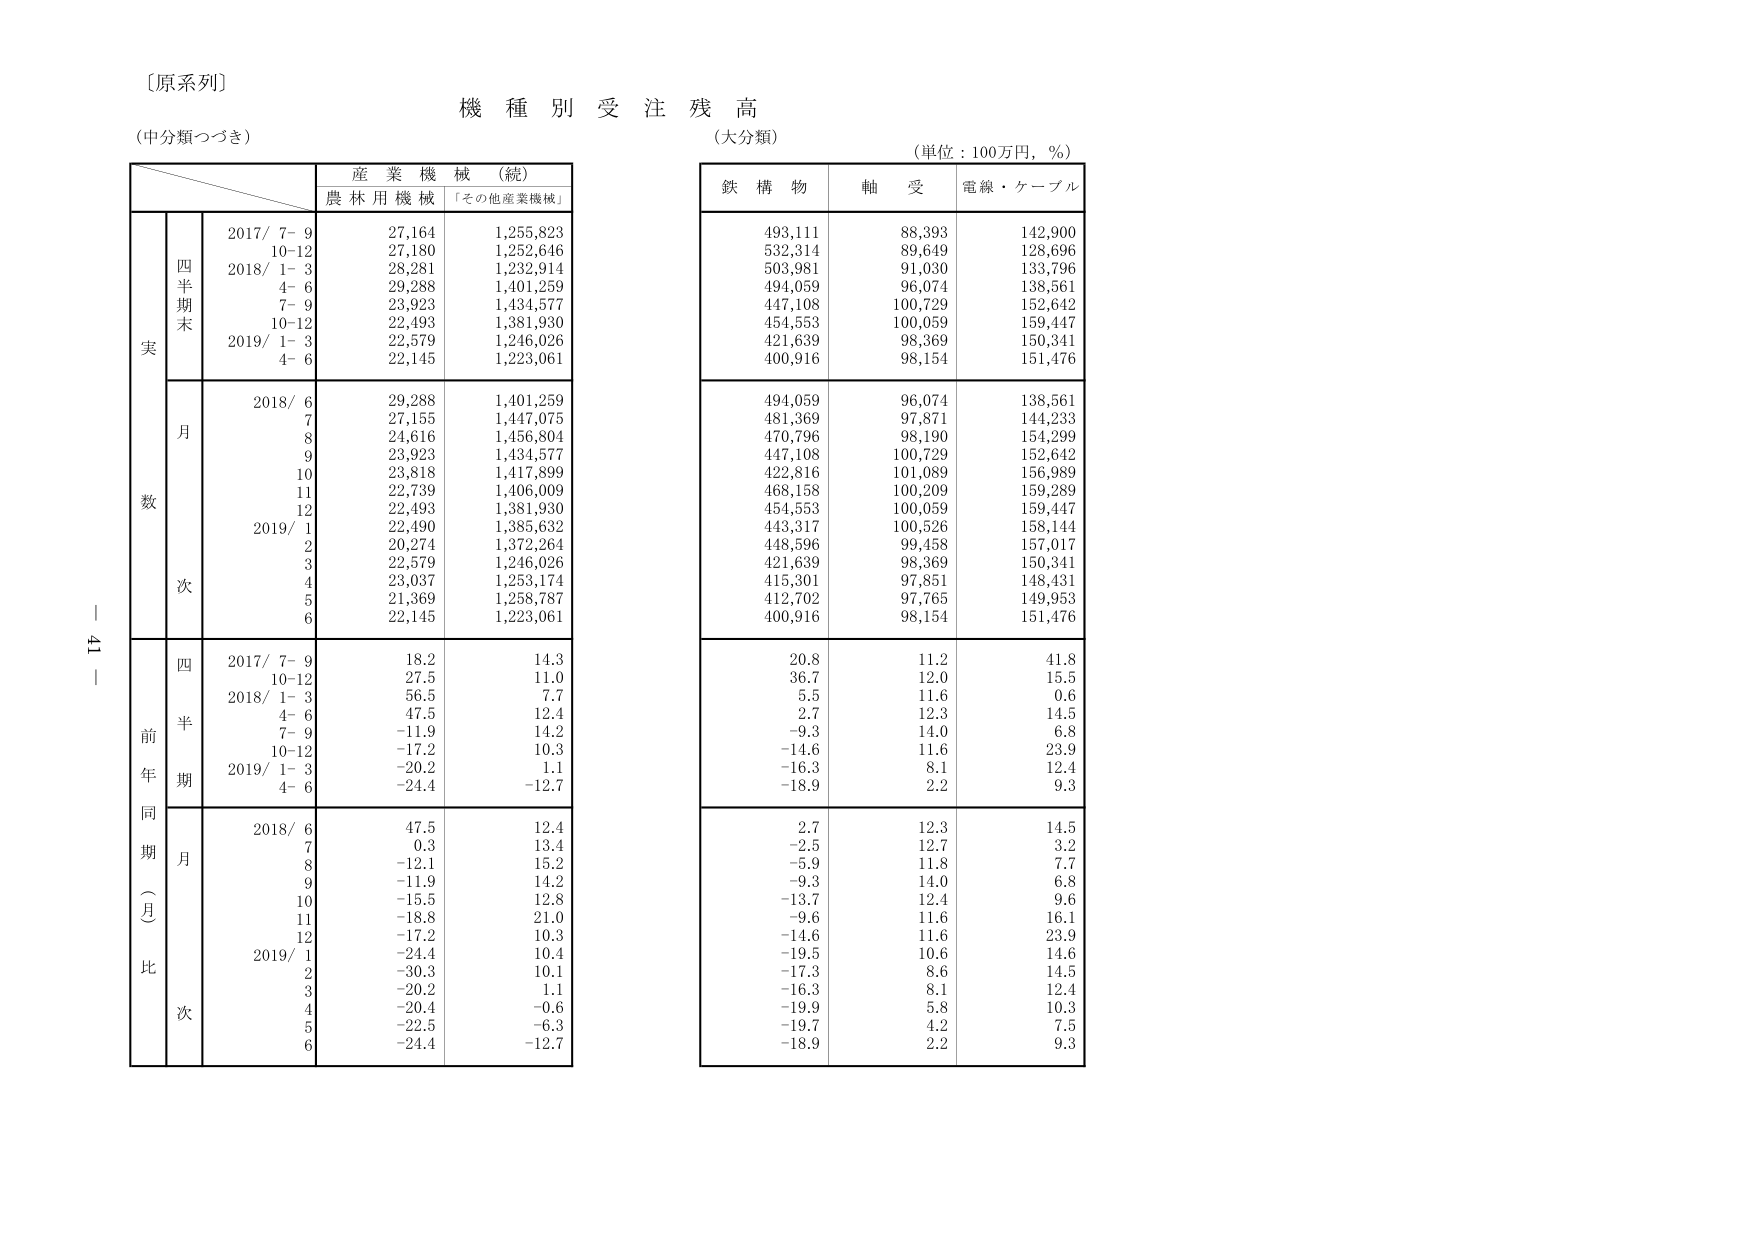
〔原系列〕
機種別受注残高
（中分類つづき）
（大分類）
（単位：100万円，％）

産業機械（続）
農林用機械　「その他産業機械」

鉄構物　軸受　電線・ケーブル

実
四半期末
2017/ 7-9　　27,164　　1,255,823
　　　10-12　　27,180　　1,252,646
2018/ 1-3　　28,281　　1,232,914
　　　4-6　　29,288　　1,401,259
　　　7-9　　23,923　　1,434,577
　　　10-12　　22,493　　1,381,930
2019/ 1-3　　22,579　　1,246,026
　　　4-6　　22,145　　1,223,061

月
2018/ 6　　29,288　　1,401,259
　　　7　　27,155　　1,447,075
　　　8　　24,616　　1,456,804
　　　9　　23,923　　1,434,577
　　　10　　23,818　　1,417,899
　　　11　　22,739　　1,406,009
　　　12　　22,493　　1,381,930
2019/ 1　　22,490　　1,385,632
　　　2　　20,274　　1,372,264
　　　3　　22,579　　1,246,026
　　　4　　23,037　　1,253,174
　　　5　　21,369　　1,258,787
　　　6　　22,145　　1,223,061

前年同期（月比）
四半期
2017/ 7-9　　18.2　　14.3
　　　10-12　　27.5　　11.0
2018/ 1-3　　56.5　　7.7
　　　4-6　　47.5　　12.4
　　　7-9　　-11.9　　14.2
　　　10-12　　-17.2　　10.3
2019/ 1-3　　-20.2　　1.1
　　　4-6　　-24.4　　-12.7

月
2018/ 6　　47.5　　12.4
　　　7　　0.3　　13.4
　　　8　　-12.1　　15.2
　　　9　　-11.9　　14.2
　　　10　　-15.5　　12.8
　　　11　　-18.8　　21.0
　　　12　　-17.2　　10.3
2019/ 1　　-24.4　　10.4
　　　2　　-30.3　　10.1
　　　3　　-20.2　　1.1
　　　4　　-20.4　　-0.6
　　　5　　-22.5　　-6.3
　　　6　　-24.4　　-12.7

493,111　　88,393　　142,900
532,314　　89,649　　128,696
503,981　　91,030　　133,796
494,059　　96,074　　138,561
447,108　　100,729　　152,642
454,553　　100,059　　159,447
421,639　　98,369　　150,341
400,916　　98,154　　151,476

494,059　　96,074　　138,561
481,369　　97,871　　144,233
470,796　　98,190　　154,299
447,108　　100,729　　152,642
422,816　　101,089　　156,989
468,158　　100,209　　159,289
454,553　　100,059　　159,447
443,317　　100,526　　158,144
448,596　　99,458　　157,017
421,639　　98,369　　150,341
415,301　　97,851　　148,431
412,702　　97,765　　149,953
400,916　　98,154　　151,476

20.8　　11.2　　41.8
36.7　　12.0　　15.5
5.5　　11.6　　0.6
2.7　　12.3　　14.5
-9.3　　14.0　　6.8
-14.6　　11.6　　23.9
-16.3　　8.1　　12.4
-18.9　　2.2　　9.3

2.7　　12.3　　14.5
-2.5　　12.7　　3.2
-5.9　　11.8　　7.7
-9.3　　14.0　　6.8
-13.7　　12.4　　9.6
-9.6　　11.6　　16.1
-14.6　　11.6　　23.9
-19.5　　10.6　　14.6
-17.3　　8.6　　14.5
-16.3　　8.1　　12.4
-19.9　　5.8　　10.3
-19.7　　4.2　　7.5
-18.9　　2.2　　9.3

ー41ー